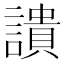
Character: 䜋